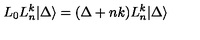
L _ { 0 } L _ { n } ^ { k } | \Delta \rangle = ( \Delta + n k ) L _ { n } ^ { k } | \Delta \rangle